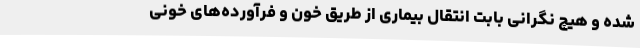
شده و هیچ نگرانی بابت انتقال بیماری از طریق خون و فرآورده‌های خونی